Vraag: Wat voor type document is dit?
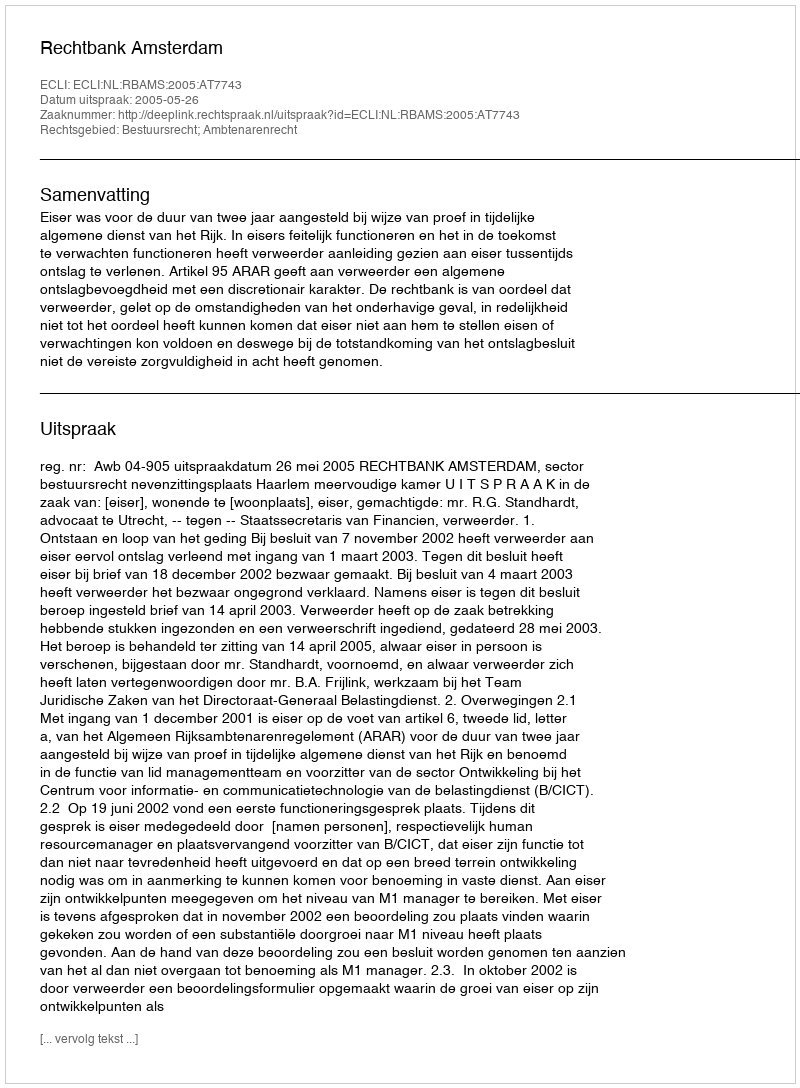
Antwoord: Uitspraak